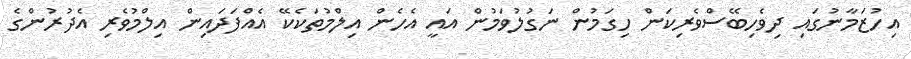
އިހުޒަމާނުގައި ދިވެހިބޭސްވެރިކަން ހިގަމުން ނަގުލުވަމުން އައީ އެހެން އިލްމުތަކެކޭ އެއްފަދައިން އިލްމުވެރި އެދުރުންގެ